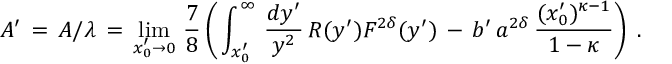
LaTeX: A ^ { \prime } \, = \, A / \lambda \, = \, \operatorname * { l i m } _ { x _ { 0 } ^ { \prime } \to 0 } \, \frac { 7 } { 8 } \left( \, \int _ { x _ { 0 } ^ { \prime } } ^ { \infty } \, \frac { d y ^ { \prime } } { y ^ { 2 } } \, R ( y ^ { \prime } ) F ^ { 2 \delta } ( y ^ { \prime } ) \, - \, b ^ { \prime } \, a ^ { 2 \delta } \, \frac { ( x _ { 0 } ^ { \prime } ) ^ { \kappa - 1 } } { 1 - \kappa } \right) \; .